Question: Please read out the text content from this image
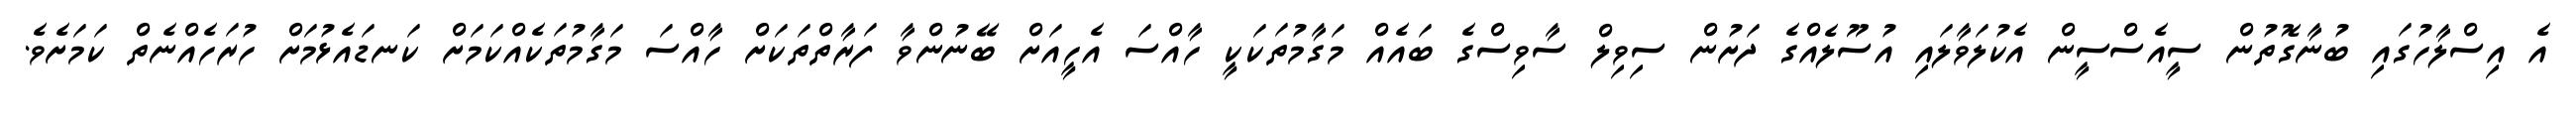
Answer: އެ އިސްލާހުގައި ބުނާގޮތުން ސީއެސްސީން އެކުލަވާލައި އުސޫލެއްގެ ދަށުން ސިވިލް ސާވިސްގެ ބައެއް މަގާމުތަކަކީ ހާއްސަ އެހީއަށް ބޭނުންވާ ފަރާތްތަކަށް ހާއްސަ މަގާމުތަކެއްކަމަށް ކަނޑައެޅުމަށް ހުރަހެއްނެތް ކަމަށެވެ.